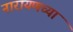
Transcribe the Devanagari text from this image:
नारायणच्या